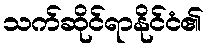
သက်ဆိုင်ရာနိုင်ငံ၏